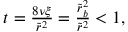
\begin{array} { r } { t = \frac { 8 \nu \xi } { \tilde { r } ^ { 2 } } = \frac { \tilde { r } _ { b } ^ { 2 } } { \tilde { r } ^ { 2 } } < 1 , } \end{array}